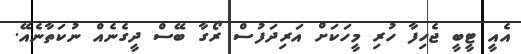
އެއީ ޓީބީ ޖެހިފާ ހުރި މީހަކަށް އަރިދަފުސް ރޯގާ ބޭސް ދީގެނެއްް ނުކަތާނެއޭ.